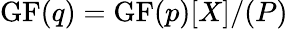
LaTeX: \mathrm{{GF}}(q)=\mathrm{{GF}}(p)[X]/(P)